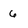
Character: 6